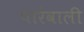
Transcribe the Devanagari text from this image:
पारेवाली